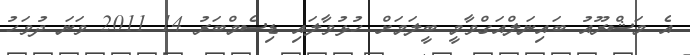
އެ މަޝްރޫއު ބައިނަލްއަގްވާމީ ބީލަމަށް ހުޅުވާލައި ޑިސެމްބަރު 14 2011 ވަނަ ދުވަހު